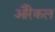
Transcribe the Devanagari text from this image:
औरेकल